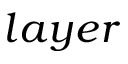
l a y e r